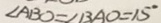
\angle A B O = \angle B A O = 1 5 ^ { \circ }